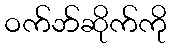
ဝက်ဘ်ဆိုက်ကို